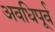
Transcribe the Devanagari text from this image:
अवधिपूर्व